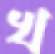
খ